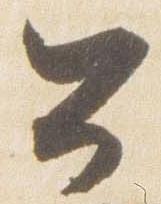
公